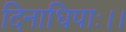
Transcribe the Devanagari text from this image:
दिनाधिपाः।।